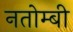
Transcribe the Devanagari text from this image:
नतोम्बी